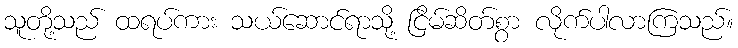
သူတို့သည် ထရပ်ကား သယ်ဆောင်ရာသို့ ငြိမ်ဆိတ်စွာ လိုက်ပါလာကြသည်။